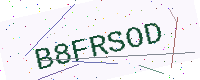
Text: B8FRSOD